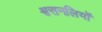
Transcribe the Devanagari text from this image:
श्वसनलियों